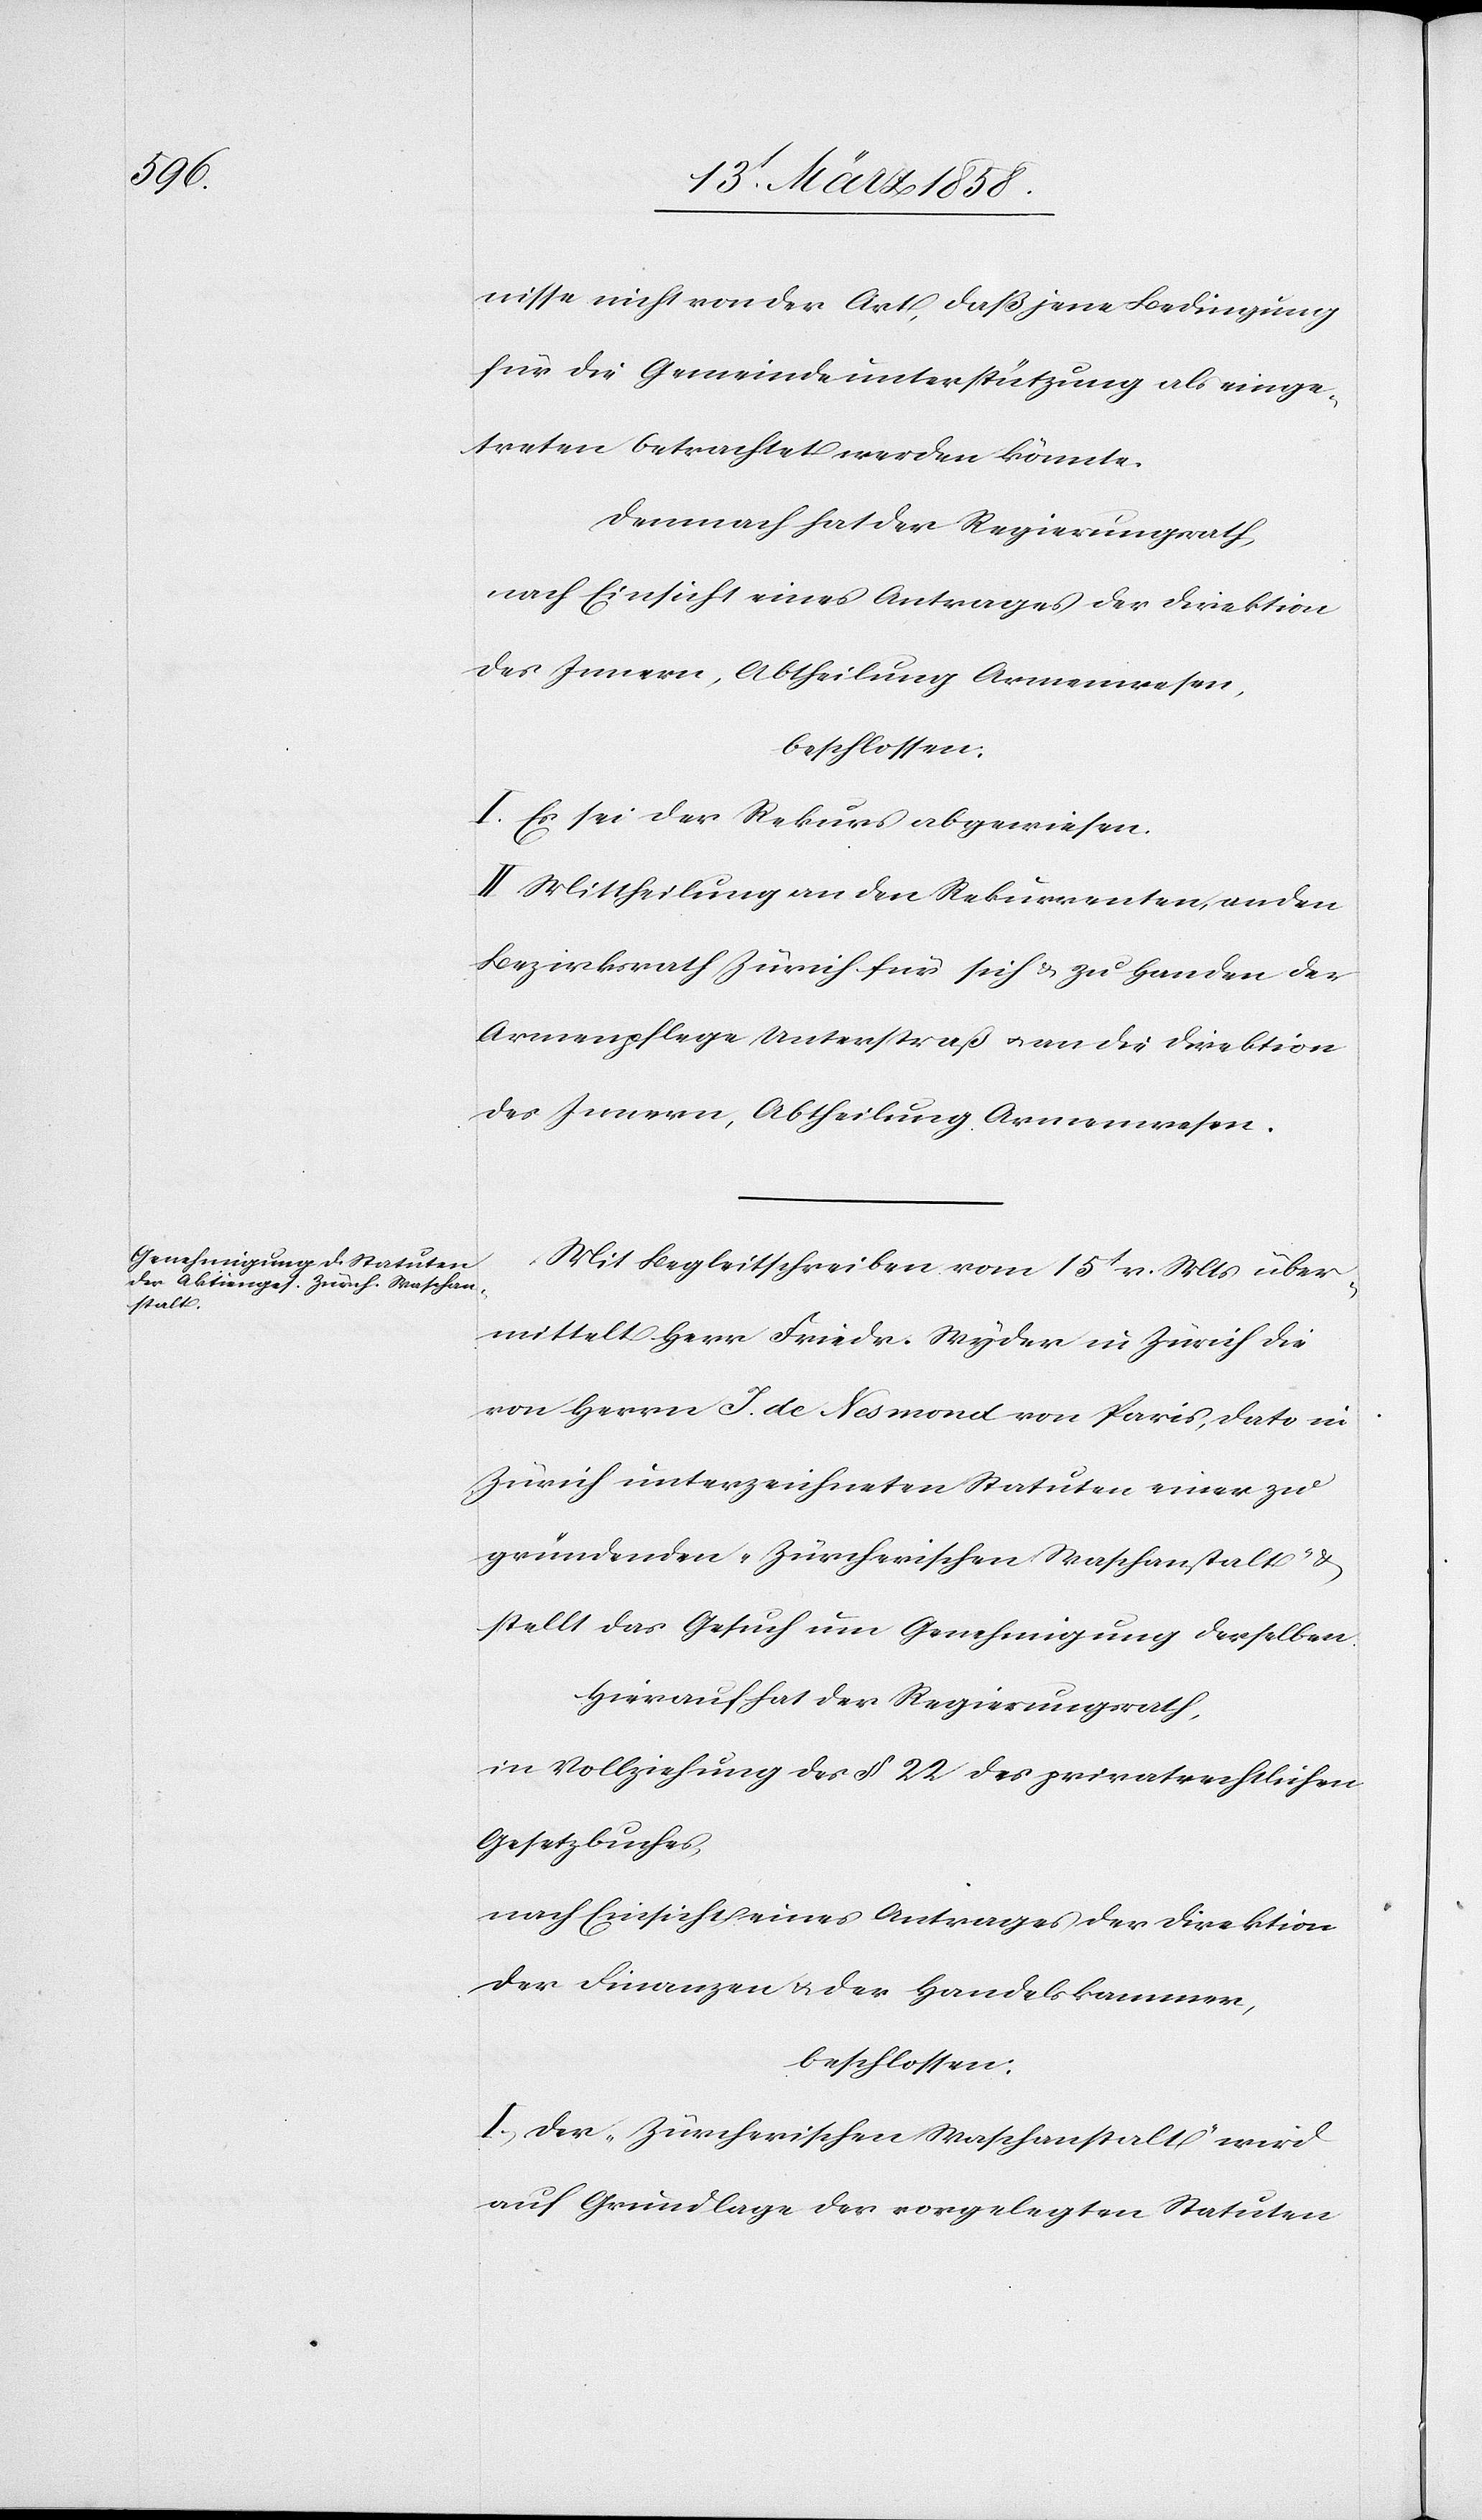
nisse nicht von der Art, daß jene Bedingung
für die Gemeindeunterstützung als einge¬
treten betrachtet werden könnte.
Demnach hat der Regierungsrath,
nach Einsicht eines Antrages der Direktion
des Innern, Abtheilung Armenwesen,
beschlossen:
I. Es sei der Rekurs abgewiesen.
II. Mittheilung an den Rekurrenten, an den
Bezirksrath Zürich für sich u. zu Handen der
Armenpflege Unterstraß u. an die Direktion
des Innern, Abtheilung Armenwesen.
Mit Begleitschreiben vom 15t v. Mts. über¬
mittelt Herr Friedr. Wyder in Zürich die
von Herrn J. de Nesmond von Paris, dato in
Zürich unterzeichneten Statuten einer zu
gründenden „Zürcherischen Waschanstalt“ u.
stellt das Gesuch um Genehmigung derselben.
Hierauf hat der Regierungsrath,
nach Vollziehung des § 22 des privatrechtlichen
Gesetzbuches,
nach Einsicht eines Antrages der Direktion
der Finanzen u. der Handelskammer,
beschlossen:
I. Der „Zürcherischen Waschanstalt“ wird
auf Grundlage der vorgelegten Statuten